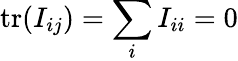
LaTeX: \mathrm{tr}(I_{ij})=\sum_{i}I_{ii}=0